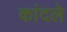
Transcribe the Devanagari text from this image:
कांदले